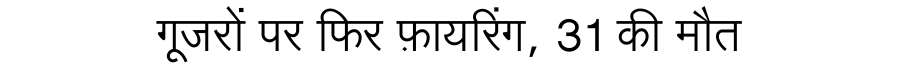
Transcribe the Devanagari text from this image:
गूजरों पर फिर फ़ायरिंग, 31 की मौत